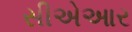
સીએઆર